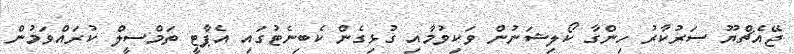
ޖޭއެޗްޔޫ ސަރުކާރު ހިންގާ ކޯލިޝަނުން ވަކިވުމާއި ގުޅިގެން ކެބިނެޓުގައި އެޕާޓީ ތަމްސީލް ކުރައްވަމުން